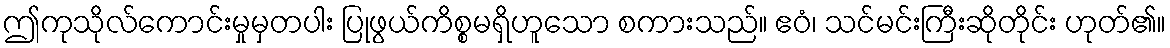
ဤကုသိုလ်ကောင်းမှုမှတပါး ပြုဖွယ်ကိစ္စမရှိဟူသော စကားသည်။ ဧဝံ၊ သင်မင်းကြီးဆိုတိုင်း ဟုတ်၏။